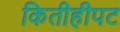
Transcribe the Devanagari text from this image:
कितीहीपट